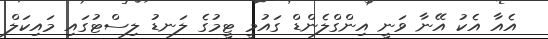
އެއާ އެކު އޭނާ ވަނީ އިންގްލެންޑް ގައުމީ ޓީމުގެ ލަނޑު ލިސްޓުގައި މައިކަލް